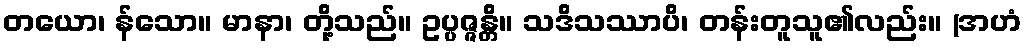
တယော၊ န်သော။ မာနာ၊ တို့သည်။ ဥပ္ပဇ္ဇန္တိ။ သဒိသဿာပိ၊ တန်းတူသူ၏လည်း။ (အဟံ